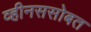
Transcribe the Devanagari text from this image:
व्हीनससोबत